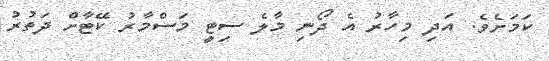
ކަމަށެވެ. އަދި މިހާރު އެ ދޯނި މާލެ ސިޓީ މަސްމާރު ކޭޓާށް ދަތުރު